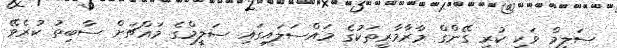
ސަލީމް ވަކި ކުރީ ގޭންގް މާރާމާރީތަކުގެ މައްސަލައިގައި ސަލީމްގެ މައްޗަށް ސާބިތު ކުރެވޭ